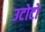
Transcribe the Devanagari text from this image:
उटोटो